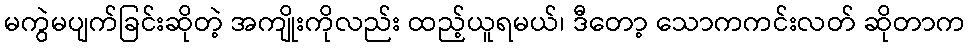
မကွဲမပျက်ခြင်းဆိုတဲ့ အကျိုးကိုလည်း ထည့်ယူရမယ်၊ ဒီတော့ သောကကင်းလတ် ဆိုတာက